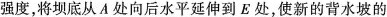
强度，将坝底从A处向后水平延伸到E处，使新的背水坡的